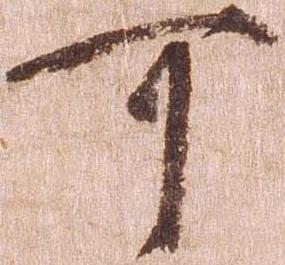
可